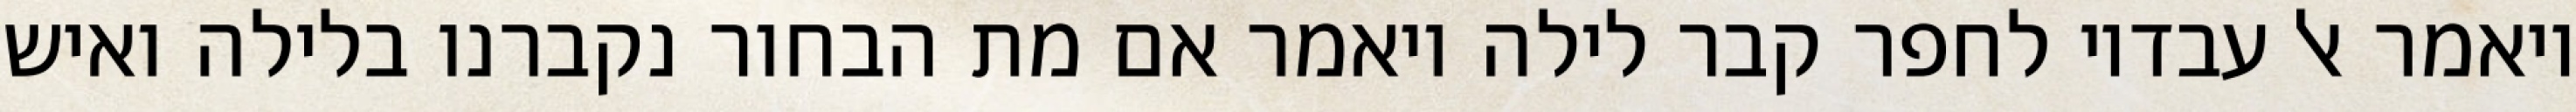
ויאמר אל עבדיו לחפר קבר לילה ויאמר אם מת הבחור נקברנו בלילה ואיש